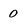
Character: 0